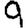
Digit: 9